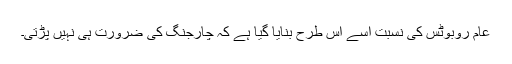
عام روبوٹس کی نسبت اسے اس طرح بنایا گیا ہے کہ چارجنگ کی ضرورت ہی نہیں پڑتی۔